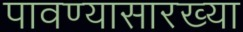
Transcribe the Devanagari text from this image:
पावण्यासारख्या